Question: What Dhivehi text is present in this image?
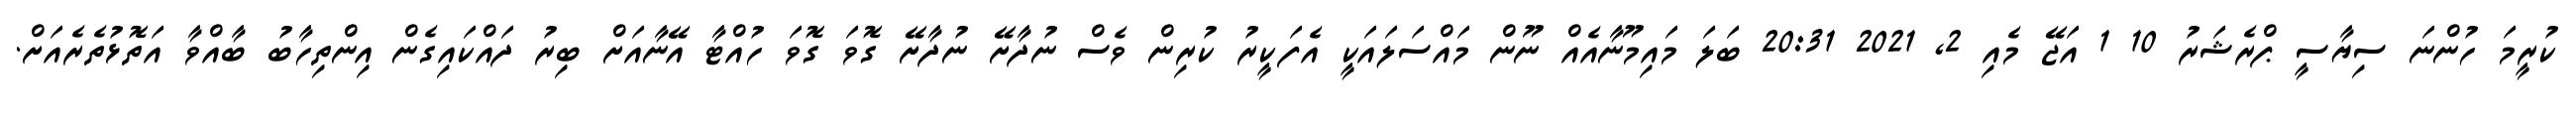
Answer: ކުރީމަ ހުންނަ ސިޔާސީ ޕްރެޝަރު 10 1 އަޖޭ މެއި 2, 2021 20:31 ބަލަ މައިމޫނާއެއް ނޫން މައްސަލައަކީ އެފަކީރު ކުރިން ވެސް ނުދާށޭ ނުދާށޭ ގޮވަ ގޮވަ ހުއްޓާ އޭނާއަށް ބިރު ދައްކައިގެން އިންތިހާބު ބާއްވާ އަތޮޅުތެރެއަށް.